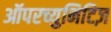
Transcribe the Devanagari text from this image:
ऑपरच्युनिटिज़